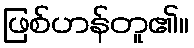
ဖြစ်ဟန်တူ၏။